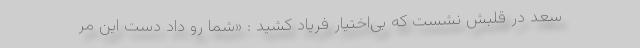
سعد در قلبش نشست که بی‌اختیار فریاد کشید : «شما رو داد دست این مر